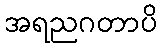
အရညဂတာပိ